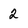
Character: 2